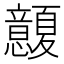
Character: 𢥭